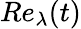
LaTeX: Re_{\lambda}(t)